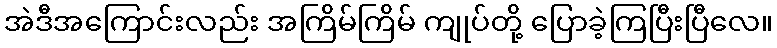
အဲဒီအကြောင်းလည်း အကြိမ်ကြိမ် ကျုပ်တို့ ပြောခဲ့ကြပြီးပြီလေ။